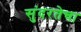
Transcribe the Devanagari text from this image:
सुंदरतेचा